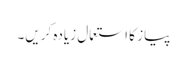
پیاز کا استعمال زیادہ کریں۔